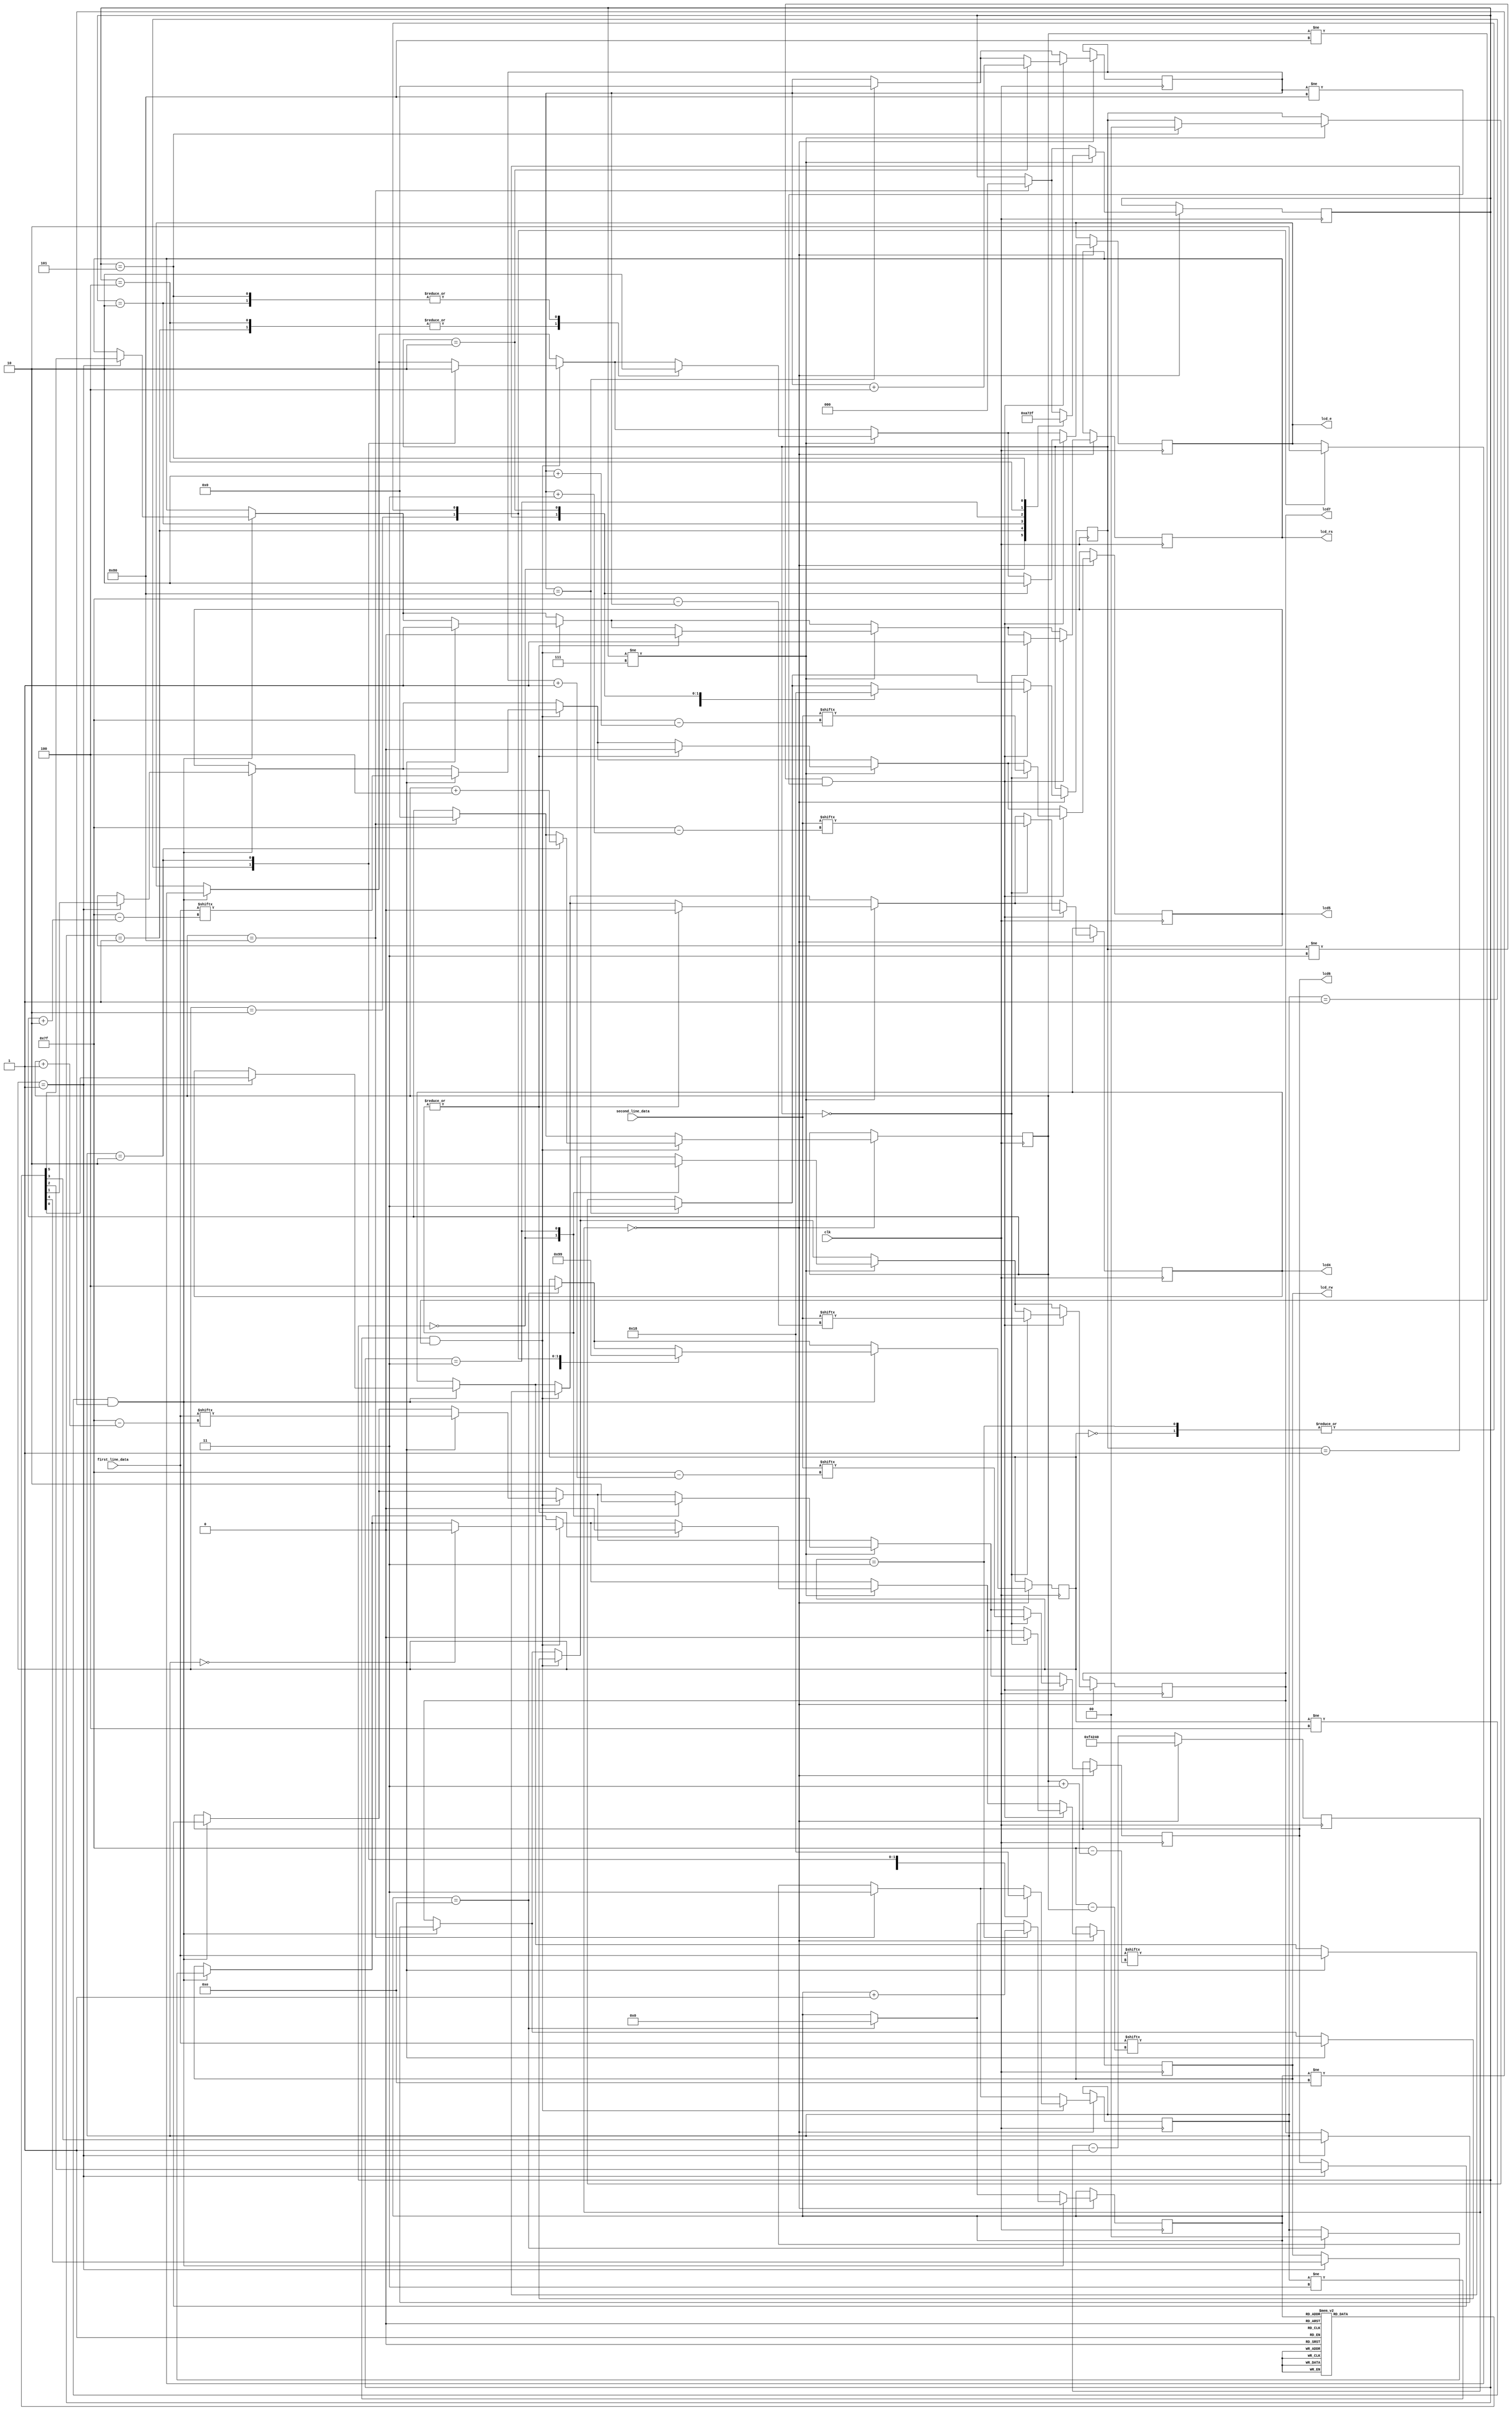
module LCD_Controller(
    input [0:127] first_line_data, // Data for the first line of the LCD
    input [0:127] second_line_data, // Data for the second line of the LCD
    input clk, // Clock input
    output reg lcd_rs, lcd_rw, lcd_e, lcd4, lcd5, lcd6, lcd7 // LCD control signals
);

    // Register definitions
    reg lcd_rs, lcd_rw, lcd_e, lcd4, lcd5, lcd6, lcd7; // LCD control signals
    
    // Register definitions for state machines
    reg [7:0] first_line_index = 0; // Index for accessing data in the first line
    reg [1:0] first_line_state = 3; // State variable for the first line state machine
    
    reg [7:0] second_line_index = 0; // Index for accessing data in the second line
    reg [1:0] second_line_state = 3; // State variable for the second line state machine
    
    reg [31:0] counter = 500000000; // Counter for timing
    reg [2:0] next_state = 0; // Next state variable for the initialization state machine
    
    reg [2:0] line_break_state = 7; // State variable for the line break state machine
    
    // Initialization ROM
    reg [5:0] init_ROM [0:13]; // ROM storing initialization commands
    reg [3:0] init_ROM_index = 0; // Index for accessing initialization ROM
    
    // Initialization code
    initial begin
        init_ROM[0] = 6'h03;
        init_ROM[1] = 6'h03;
        init_ROM[2] = 6'h03;
        init_ROM[3] = 6'h02;
        init_ROM[4] = 6'h02;
        init_ROM[5] = 6'h08;
        init_ROM[6] = 6'h00;
        init_ROM[7] = 6'h06;
        init_ROM[8] = 6'h00;
        init_ROM[9] = 6'h0c;
        init_ROM[10] = 6'h00;
        init_ROM[11] = 6'h01;
        init_ROM[12] = 6'h08;
        init_ROM[13] = 6'h00;
    end
    
    // State machine behavior
    always @ (posedge clk) begin
        if (counter == 0) begin
            counter <= 1_000_000;
            
            // Initialization state machine
            if (init_ROM_index == 14) begin
                next_state <= 4;
                init_ROM_index <= 0;
                first_line_state <= 0;
            end
            
            if ((next_state != 4) && (init_ROM_index != 14)) begin
                case (next_state)
                    0: begin
                        lcd_e <= 0;
                        next_state <= 1;
                    end
                    
                    1: begin
                        {lcd_rs, lcd_rw, lcd7, lcd6, lcd5, lcd4} <= init_ROM[init_ROM_index];
                        next_state <= 2;
                    end
                    
                    2: begin
                        lcd_e <= 1;
                        next_state <= 3;
                    end
                    
                    3: begin
                        lcd_e <= 0;
                        next_state <= 1;
                        init_ROM_index <= init_ROM_index + 1;
                    end
                endcase
            end
            
            // First line state machine
            if (first_line_index == 128) begin
                first_line_state <= 3;
                first_line_index <= 0;
                line_break_state <= 0;
            end
            if ((first_line_state != 3) && (first_line_index != 128)) begin
                case (first_line_state)
                    0: begin
                        {lcd_rs, lcd_rw, lcd7, lcd6, lcd5, lcd4} <= {2'h2,first_line_data[first_line_index],first_line_data[first_line_index+1],first_line_data[first_line_index+2],first_line_data[first_line_index+3]};
                        first_line_state <= 1;
                    end
                    
                    1: begin
                        lcd_e <= 1;
                        first_line_state <= 2;
                    end
                    
                    2: begin
                        lcd_e <= 0;
                        first_line_state <= 0;
                        first_line_index <= first_line_index+4;
                    end
                endcase
            end
            
            // Line break state machine
            if (line_break_state != 7) begin
                case (line_break_state)
                    0: begin
                        {lcd_rs, lcd_rw, lcd7, lcd6, lcd5, lcd4} <= 6'h0c;
                        line_break_state <= 1;
                    end
                    
                    1: begin
                        lcd_e <= 1;
                        line_break_state <= 2;
                    end
                    
                    2: begin
                        lcd_e <= 0;
                        line_break_state <= 3;
                    end
                    
                    3: begin
                        {lcd_rs, lcd_rw, lcd7, lcd6, lcd5, lcd4} <= 6'h00;
                        line_break_state <= 4;
                    end
                    
                    4: begin
                        lcd_e <= 1;
                        line_break_state <= 5;
                    end
                    
                    5: begin
                        lcd_e <= 0;
                        line_break_state <= 7;
                        second_line_state <= 0;
                    end
                endcase
            end
            
            // Second line state machine
            if (second_line_index == 128) begin
                second_line_state <= 3;
                second_line_index <= 0;
            end
            if ((second_line_state != 3) && (second_line_index != 128)) begin
                case (second_line_state)
                    0: begin
                        {lcd_rs, lcd_rw, lcd7, lcd6, lcd5, lcd4} <= {2'h2,second_line_data[second_line_index],second_line_data[second_line_index+1],second_line_data[second_line_index+2],second_line_data[second_line_index+3]};
                        second_line_state <= 1;
                    end
                    
                    1: begin
                        lcd_e <= 1;
                        second_line_state <= 2;
                    end
                    
                    2: begin
                        lcd_e <= 0;
                        second_line_state <= 0;
                        second_line_index <= second_line_index+4;
                    end
                endcase
            end
        end
        else begin 
            counter <= counter - 1;
        end
    end

endmodule